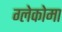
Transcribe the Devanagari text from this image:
ग्लेकोमा